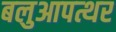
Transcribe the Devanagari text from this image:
बलुआपत्थर